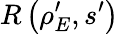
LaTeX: R\left(\rho_{E}^{\prime},s^{\prime}\right)